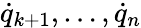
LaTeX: {\dot{q}}_{k+1},\dots,{\dot{q}}_{n}